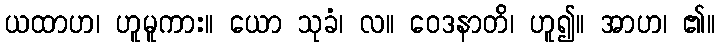
ယထာဟ၊ ဟူမူကား။ ယော သုခံ၊ လ။ ဝေဒနာတိ၊ ဟူ၍။ အာဟ၊ ၏။